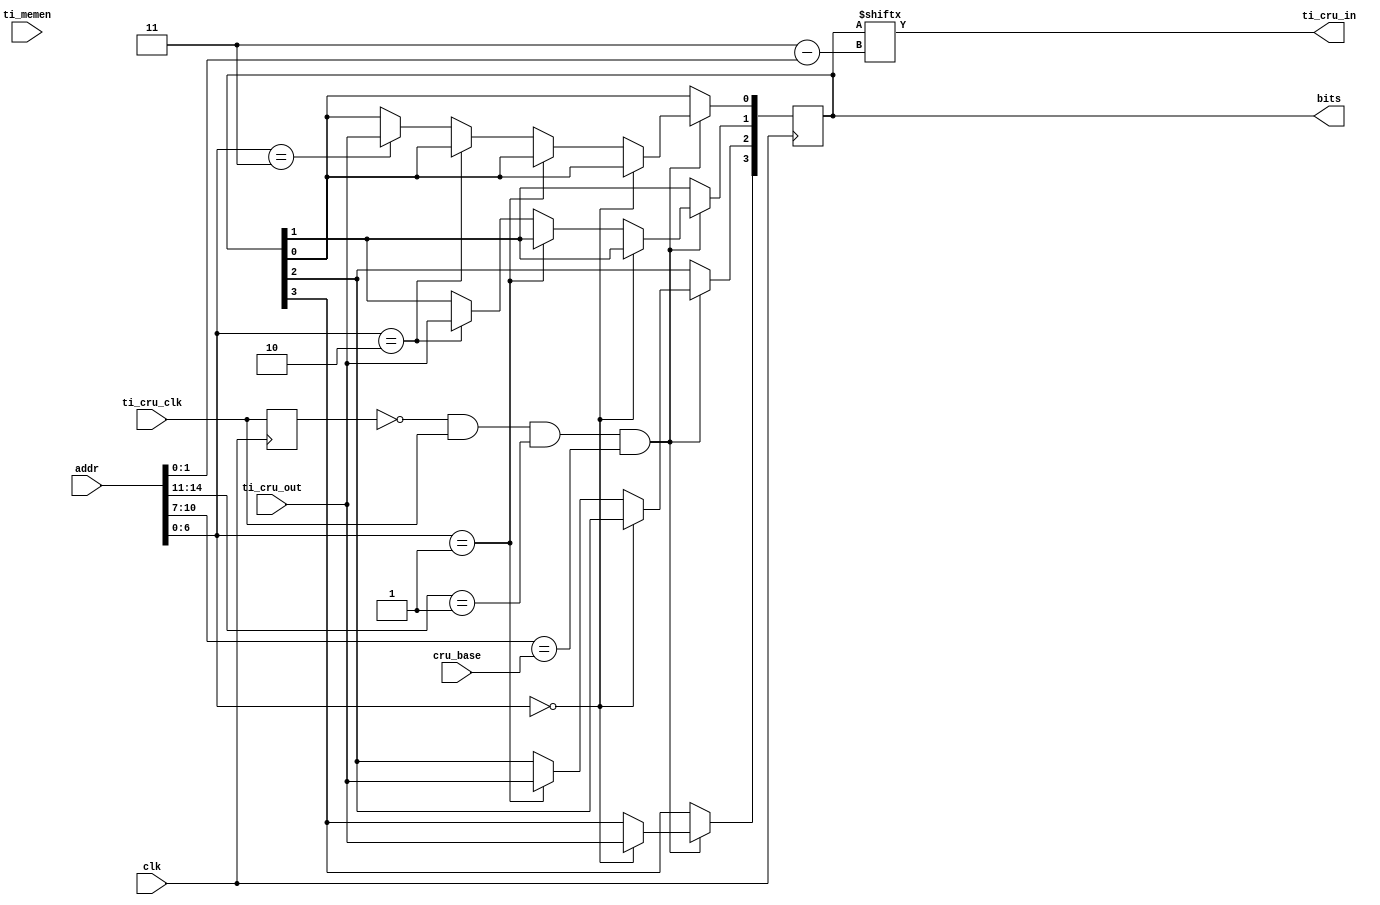
`ifndef _crubits_vh_
`define _crubits_vh_

// 4 bits of CRU
module crubits(
    // select
    input [0:3]cru_base,
    // TI clock input
    input ti_cru_clk,
	 // TI mem enable (when high, not a memory operation
	 input ti_memen,
	 // FPGA synchronous clock
	 input clk,
    // cru_address
    input [0:14]addr,
    // input
    input ti_cru_out,
	 // input to TMS9900 to allow reading curring addressed bit
	 output ti_cru_in,
    // bits
    output [0:3]bits
);

reg [0:3] bits_q;
reg last_cruclk;

always @(posedge clk) begin

  if (!last_cruclk && ti_cru_clk && (addr[0:3] == 4'b0001) && (addr[4:7] == cru_base)) begin 
    if (addr[8:14] == 7'h00) bits_q[0] <= ti_cru_out;
    else if (addr[8:14] == 7'h01) bits_q[1] <= ti_cru_out;
    else if (addr[8:14] == 7'h02) bits_q[2] <= ti_cru_out;
    else if (addr[8:14] == 7'h03) bits_q[3] <= ti_cru_out;
  end
  last_cruclk <= ti_cru_clk;
end

assign bits = bits_q;

// Here we just show the relevant bit. The higher level logic uses it when relevant.
// There is no way of knowing when CRU bits are read by the CPU, so reading cannot cause state changes.
assign ti_cru_in = bits_q[ addr[13:14] ];

endmodule

`endif